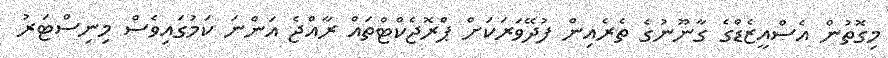
މިގޮތުން އެސްއީޒެޑްގެ ގާނޫނުގެ ތެރެއިން ފުދޭވަރަކަށް ޕްރޮޖެކްޓްތައް ރާއްޖެ އަންނަ ކަމުގައިވެސް މިނިސްޓަރު